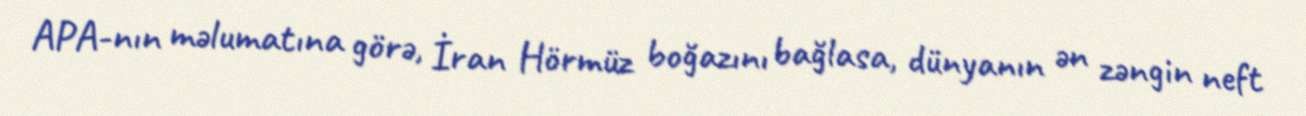
APA-nın məlumatına görə, İran Hörmüz boğazını bağlasa, dünyanın ən zəngin neft